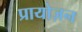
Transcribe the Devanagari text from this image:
प्रायोज़न